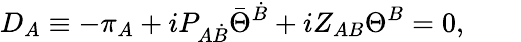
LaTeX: D_{A}\equiv-\pi_{A}+iP_{A\dot{B}}\bar{\Theta}^{\dot{B}}+iZ_{AB}\Theta^{B}=0,\qquad